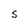
Character: S